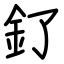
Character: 釕